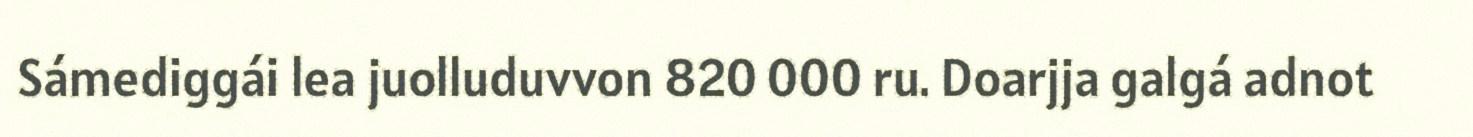
Sámediggái lea juolluduvvon 820 000 ru. Doarjja galgá adnot